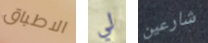
الاطباق لي شارعين